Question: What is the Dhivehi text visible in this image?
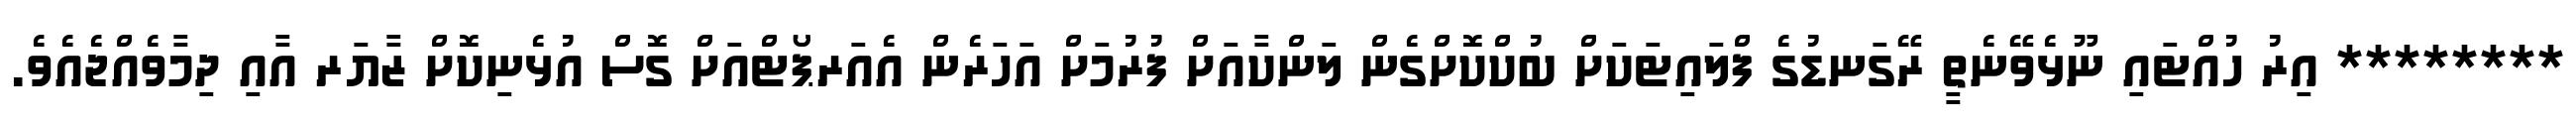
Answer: ******** އިރު ހުއްޓައި ނޫޅެވޭނެތީ ރޭގަނޑުގެ ފްލައިޓަކަށް ބުކްކޮށްގެން ލަންކާއަށް ފުރުމަށް އަހަރެން އެއަރޕޯޓްއަށް ގޮސް އުޅެނިކޮށް ޒާޔަރ އާއި ދިމާވެއްޖެއެވެ.